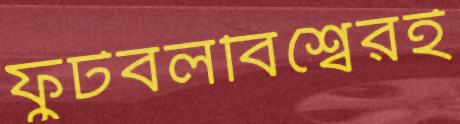
ফুটবলবিশ্বেরই